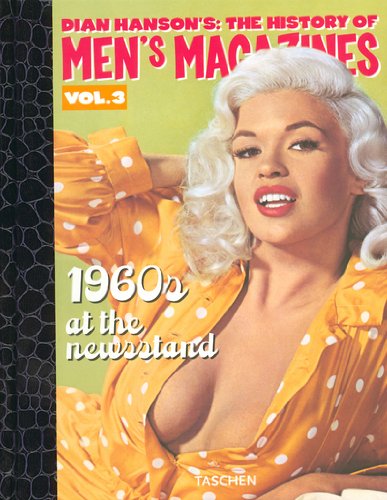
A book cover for History of Men's Magazines: 1960's At The Newsstand (Dian Hanson's: The History of Men's Magazines: Volume 3); Dian Hanson; Arts & Photography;